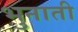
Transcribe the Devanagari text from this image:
भुनाती